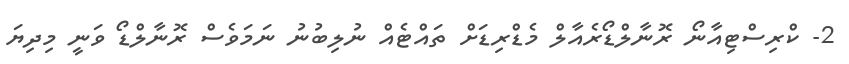
2- ކްރިސްޓިއާނޯ ރޮނާލްޑޯރެއާލް މެޑްރިޑަށް ތައްޓެއް ނުލިބުނު ނަމަވެސް ރޮނާލްޑޯ ވަނީ މިދިޔަ